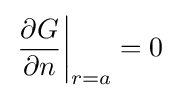
\left.{\frac {\partial G}{\partial n}}\right|_{r=a}=0